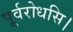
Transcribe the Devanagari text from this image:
पूर्वरोधसि।